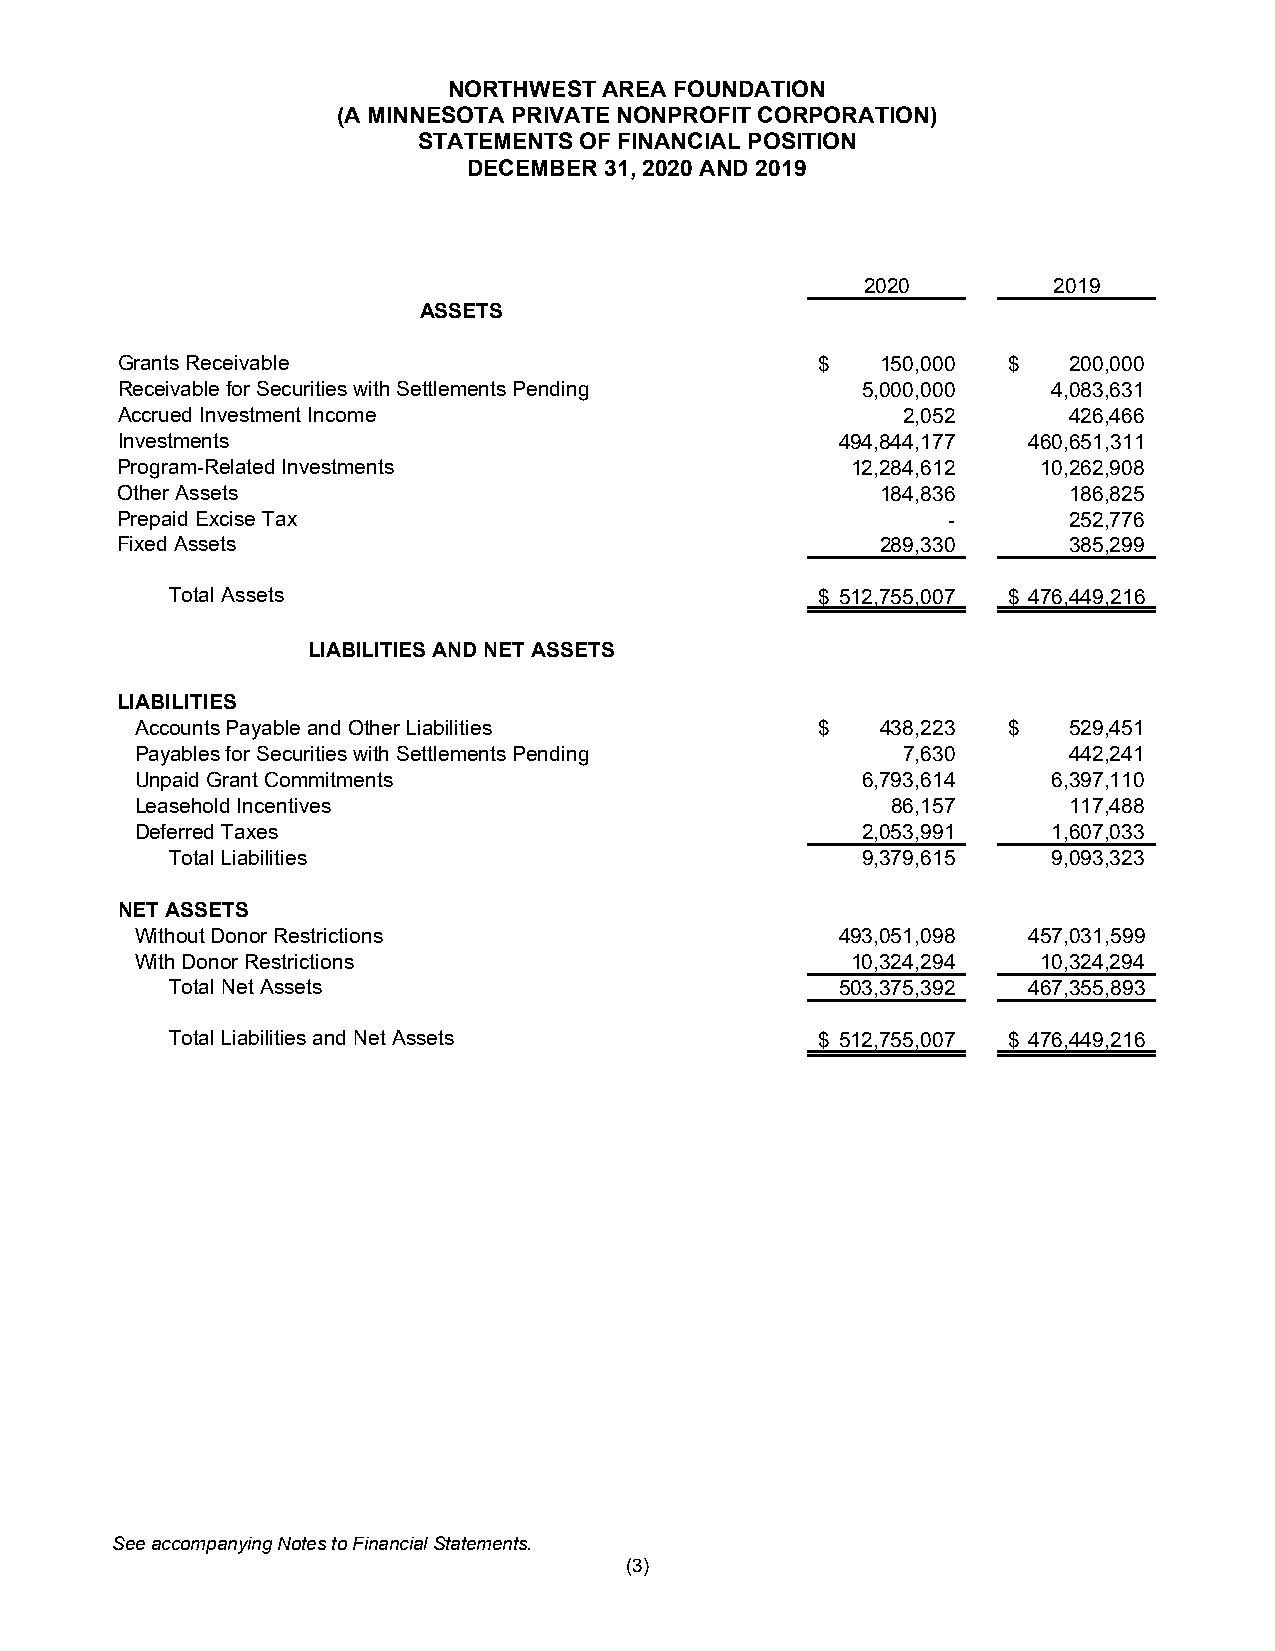
NORTHWEST AREA FOUNDATION
 (A MINNESOTA PRIVATE NONPROFIT CORPORATION)
 STATEMENTS OF FINANCIAL POSITION
 DECEMBER 31, 2020 AND 2019
 2020         2019
 ASSETS
 Grants Receivable                             $   150,000  $   200,000
 Receivable for Securities with Settlements Pending 5,000,000  4,083,631
 Accrued Investment Income                           2,052      426,466
 Investments                                     494,844,177 460,651,311
 Program-Related Investments                     12,284,612   10,262,908
 Other Assets                                      184,836      186,825
 Prepaid Excise Tax                                     -       252,776
 Fixed Assets                                      289,330      385,299
 Total Assets                               $ 512,755,007 $ 476,449,216
 LIABILITIES AND NET ASSETS
 LIABILITIES
 Accounts Payable and Other Liabilities       $   438,223  $   529,451
 Payables for Securities with Settlements Pending   7,630      442,241
 Unpaid Grant Commitments                        6,793,614    6,397,110
 Leasehold Incentives                              86,157      117,488
 Deferred Taxes                                  2,053,991    1,607,033
 Total Liabilities                             9,379,615    9,093,323
 NET ASSETS
 Without Donor Restrictions                     493,051,098 457,031,599
 With Donor Restrictions                        10,324,294   10,324,294
 Total Net Assets                             503,375,392 467,355,893
 Total Liabilities and Net Assets           $ 512,755,007 $ 476,449,216
 See accompanying Notes to Financial Statements.
 (3)